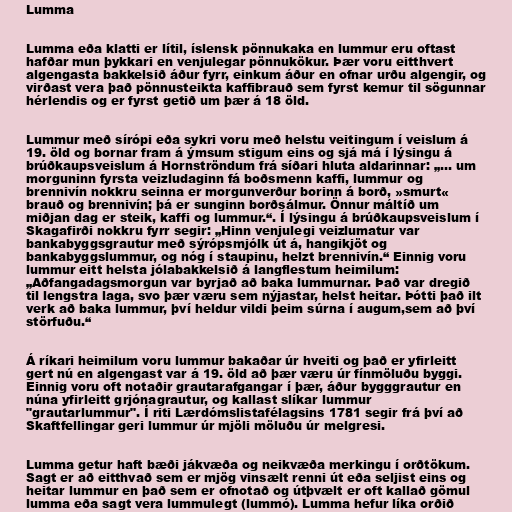
Lumma

Lumma eða klatti er lítil, íslensk pönnukaka en lummur eru oftast
hafðar mun þykkari en venjulegar pönnukökur. Þær voru eitthvert
algengasta bakkelsið áður fyrr, einkum áður en ofnar urðu algengir, og
virðast vera það pönnusteikta kaffibrauð sem fyrst kemur til sögunnar
hérlendis og er fyrst getið um þær á 18 öld.

Lummur með sírópi eða sykri voru með helstu veitingum í veislum á
19. öld og bornar fram á ýmsum stigum eins og sjá má í lýsingu á
brúðkaupsveislum á Hornströndum frá síðari hluta aldarinnar: „... um
morguninn fyrsta veizludaginn fá boðsmenn kaffi, lummur og
brennivín nokkru seinna er morgunverður borinn á borð, »smurt«
brauð og brennivín; þá er sunginn borðsálmur. Önnur máltíð um
miðjan dag er steik, kaffi og lummur.“. Í lýsingu á brúðkaupsveislum í
Skagafirði nokkru fyrr segir: „Hinn venjulegi veizlumatur var
bankabyggsgrautur með sýrópsmjólk út á, hangikjöt og
bankabyggslummur, og nóg í staupinu, helzt brennivín.“ Einnig voru
lummur eitt helsta jólabakkelsið á langflestum heimilum:
„Aðfangadagsmorgun var byrjað að baka lummurnar. Það var dregið
til lengstra laga, svo þær væru sem nýjastar, helst heitar. Þótti það ilt
verk að baka lummur, því heldur vildi þeim súrna í augum,sem að því
störfuðu.“

Á ríkari heimilum voru lummur bakaðar úr hveiti og það er yfirleitt
gert nú en algengast var á 19. öld að þær væru úr fínmöluðu byggi.
Einnig voru oft notaðir grautarafgangar í þær, áður bygggrautur en
núna yfirleitt grjónagrautur, og kallast slíkar lummur
"grautarlummur". Í riti Lærdómslistafélagsins 1781 segir frá því að
Skaftfellingar geri lummur úr mjöli möluðu úr melgresi.

Lumma getur haft bæði jákvæða og neikvæða merkingu í orðtökum.
Sagt er að eitthvað sem er mjög vinsælt renni út eða seljist eins og
heitar lummur en það sem er ofnotað og útþvælt er oft kallað gömul
lumma eða sagt vera lummulegt (lummó). Lumma hefur líka orðið